Mental hospitals Bombay report 1929-33 - 1929-1933
Year: 1929
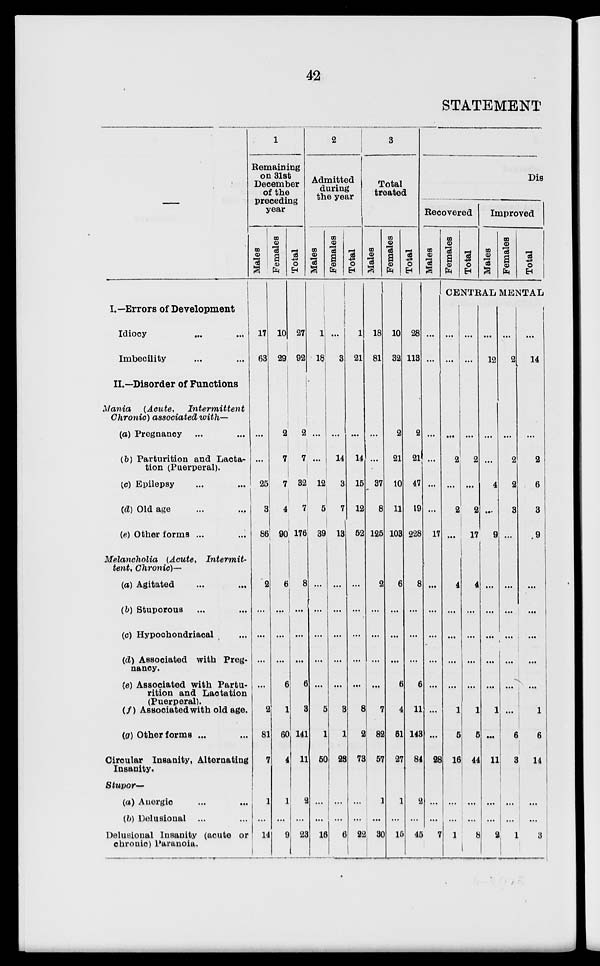
42
STATEMENT
—
I.—Errors of Development
Idiocy ... ...
Imbecility ... ...
II.—Disorder of Functions
Mania
(Acute,
Intermittent
Chronic) associated with—
(a) Pregnancy ... ...
(b) Parturition and Lacta-
tion (Puerperal).
(c) Epilepsy ... ...
(d) Old age ... ...
(e) Other forms ... ...
Melancholia
(Acute,
Intermit-
tent, Chronic)—
(a) Agitated ... ...
(b) Stuporous ... ...
(c) Hypochondriacal ...
(d) Associated with Preg-
nancy.
(e) Associated with Partu-
rition and Lactation
(Puerperal).
(f) Associated with old age.
(g) Other forms ... ...
Circular Insanity, Alternating
Insanity.
Stupor—
(a) Anergic ... ...
(b) Delusional ... ...
Delusional Insanity (acute or
chronio) Paranoia.
1
Remaining
on 31st
December
of the
preceding
year
Males
17
63
...
...
25
3
86
2
...
...
...
...
2
81
7
1
...
14
Females
10
29
2
7
7
4
90
6
...
...
...
6
1
60
4
1
...
9
Total
27
92
2
7
32
7
176
8
...
...
...
6
3
141
11
2
...
23
2
Admitted
during
the year
Males
1
18
...
...
12
5
39
...
...
...
...
...
5
1
50
...
...
16
Females
...
3
...
14
3
7
13
...
...
...
...
...
3
1
23
...
...
6
Total
1
21
...
14
15
12
52
...
...
...
...
...
8
2
73
...
...
22
3
Total
treated
Males
18
81
...
...
37
8
125
2
...
...
...
...
7
82
57
1
...
30
Females
10
32
2
21
10
11
103
6
...
...
...
6
4
61
27
1
...
15
Total
28
113
2
21
47
19
228
8
...
...
...
6
11
143
84
2
...
45
Dis
Recovered
Males
...
...
...
...
...
...
17
...
...
...
...
...
...
...
28
...
...
7
Females
Total
Improved
Males
Females
Total
CENTRAL MENTAL
...
...
...
2
...
2
...
4
...
...
...
...
1
5
16
...
...
1
...
...
...
2
...
2
17
4
...
...
...
...
1
5
44
...
...
8
...
12
...
...
4
...
9
...
...
...
...
...
1
...
11
...
...
2
...
2
...
2
2
3
...
...
...
...
...
...
...
6
3
...
...
1
...
14
...
2
6
3
9
...
...
...
...
...
1
6
14
...
...
3